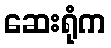
ဆေးရုံက